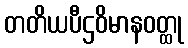
တတိယပီဌဝိမာနဝတ္ထု